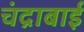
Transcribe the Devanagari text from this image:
चंद्राबाई